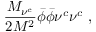
\frac { M _ { \nu ^ { c } } } { 2 M ^ { 2 } } \bar { \phi } \bar { \phi } \nu ^ { c } \nu ^ { c } ~ ,